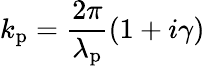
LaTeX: k_{\mathrm{p}}=\frac{2\pi}{\lambda_{\mathrm{p}}}(1+i\gamma)